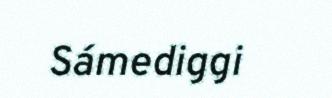
Sámediggi